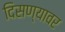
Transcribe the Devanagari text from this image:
दिसण्यावर